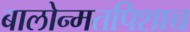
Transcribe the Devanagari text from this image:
बालोन्मतपिशाच्च